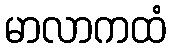
မာလာကထံ